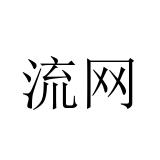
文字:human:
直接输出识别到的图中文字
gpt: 流网